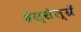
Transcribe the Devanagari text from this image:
हेस्सेल्ग्रें